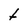
Character: t